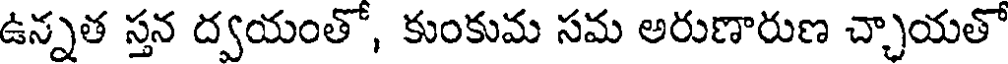
ఉన్నత స్తన ద్వయంతో, కుంకుమ సమ అరుణారుణ చ్చాయతో